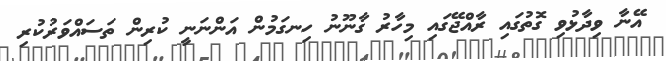
އޭނާ ވިދާޅުވި ގޮތުގައި ރާއްޖޭގައި މިހާރު ގާނޫނު ހިނގަމުން އަންނަނީ ކުރިން ތަސައްވަރުކުރި